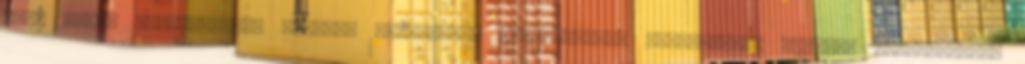
meg, abban valószínűleg eltérne véleményük beosztottaik ítéletétől. Érdemes megjegyezni,